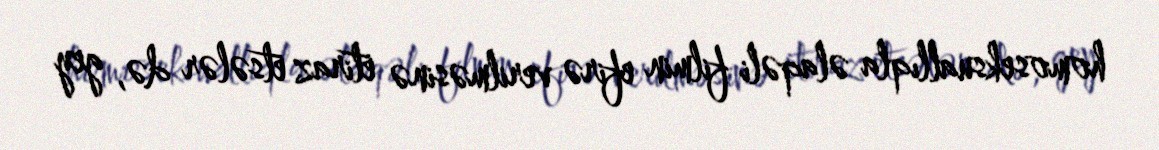
homoseksuallıqla əlaqəli filmin efirə verilməsinə etiraz etsələr də, gey